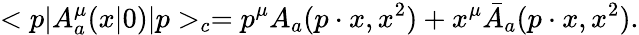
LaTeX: <p|A_{a}^{\mu}(x|0)|p>_{c}=p^{\mu}A_{a}(p\cdot x,x^{2})+x^{\mu}\bar{A}_{a}(p\cdot x,x^{2}).